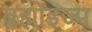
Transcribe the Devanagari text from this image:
ब्रह्मोइज्म